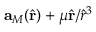
\mathbf { a } _ { M } ( \hat { \mathbf { r } } ) + \mu \hat { \mathbf { r } } / \hat { r } ^ { 3 }